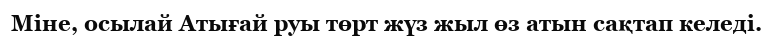
Міне, осылай Атығай руы төрт жүз жыл өз атын сақтап келеді.